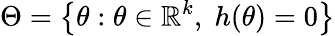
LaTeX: \Theta=\left\{ \theta:\theta\in\mathbb{R}^{k},\; h(\theta)=0\right\}